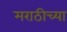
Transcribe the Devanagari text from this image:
मराठीच्‍या